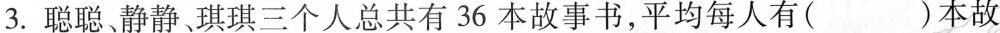
3.聪聪静静琪琪三个人总共有36本故事书，平均每人有( )本故